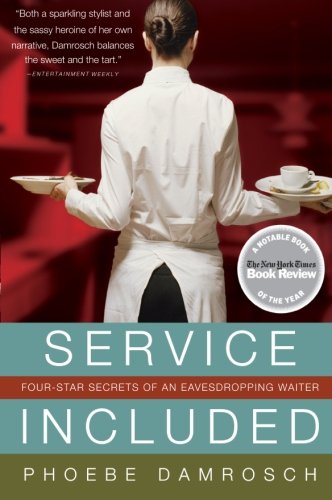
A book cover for Service Included: Four-Star Secrets of an Eavesdropping Waiter; Phoebe Damrosch; Humor & Entertainment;